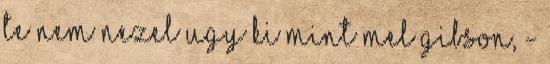
Te Nem Nezel Ugy Ki Mint Mel Gibson, -